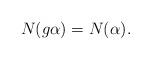
LaTeX: \begin{align*}N(g \alpha) = N(\alpha).\end{align*}